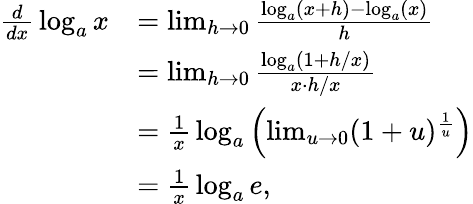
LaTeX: {\begin{array}{rl}{{\frac{d}{dx}}\log_{a}x}&{=\operatorname*{lim}_{h\to 0}{\frac{\log_{a}(x+h)-\log_{a}(x)}{h}}}\\ &{=\operatorname*{lim}_{h\to 0}{\frac{\log_{a}(1+h/x)}{x\cdot h/x}}}\\ &{={\frac{1}{x}}\log_{a}\left(\operatorname*{lim}_{u\to 0}(1+u)^{\frac{1}{u}}\right)}\\ &{={\frac{1}{x}}\log_{a}e,}\end{array}}